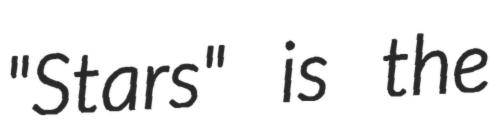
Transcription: "Stars" is the